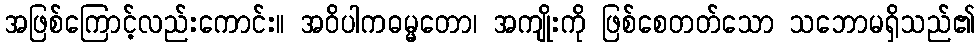
အဖြစ်ကြောင့်လည်းကောင်း။ အဝိပါကဓမ္မတော၊ အကျိုးကို ဖြစ်စေတတ်သော သဘောမရှိသည်၏